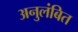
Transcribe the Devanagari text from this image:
अनुलंबित